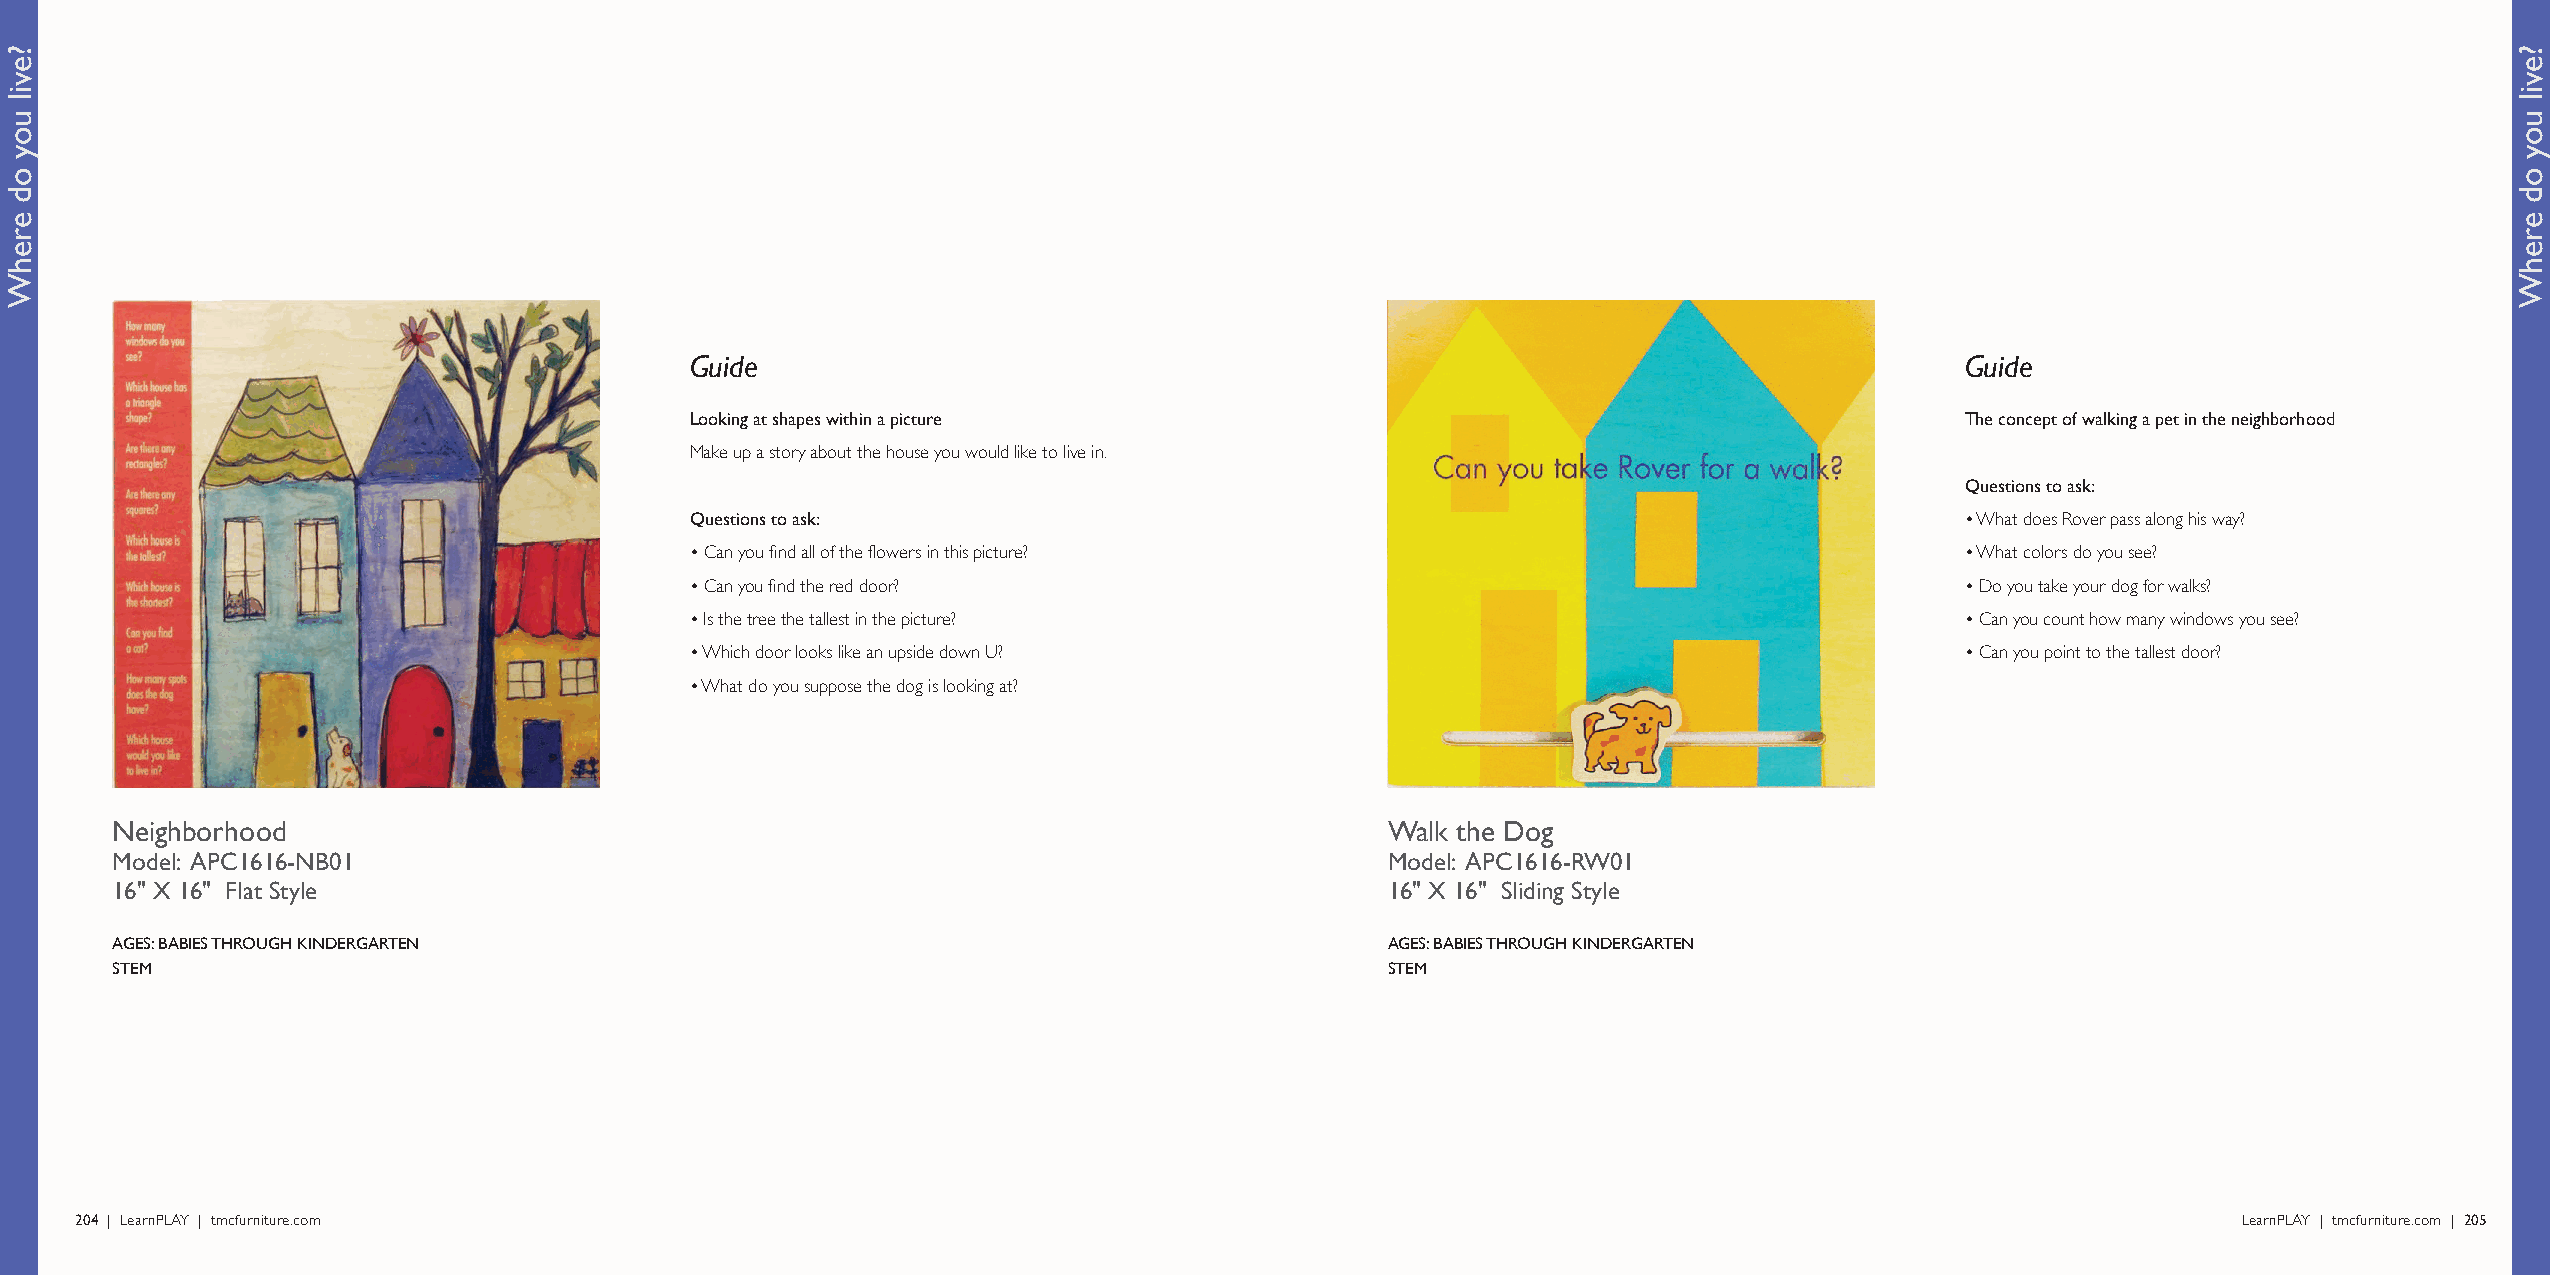
Guide                                                                               Guide
 Looking at shapes within a picture                                                  The concept of walking a pet in the neighborhood
 Make up a story about the house you would like to live in.
 Questions to ask:
 Questions to ask:                                                                   • What does Rover pass along his way?
 • Can you find all of the flowers in this picture?                                  • What colors do you see?
 • Can you find the red door?                                                        • Do you take your dog for walks?
 • Is the tree the tallest in the picture?                                           • Can you count how many windows you see?
 • Which door looks like an upside down U?                                           • Can you point to the tallest door?
 • What do you suppose the dog is looking at?
 Neighborhood                                                                         Walk the Dog
 Model: APC1616-NB01                                                                  Model: APC1616-RW01
 16" X 16" Flat Style                                                                 16" X 16" Sliding Style
 AGES: BABIES THROUGH KINDERGARTEN                                                    AGES: BABIES THROUGH KINDERGARTEN
 STEM                                                                                 STEM
 204 | LearnPLAY | tmcfurniture.com                                                                                                             LearnPLAY | tmcfurniture.com | 205
 ?evil
 uoy
 od
 erehW
 ?evil
 uoy
 od
 erehW